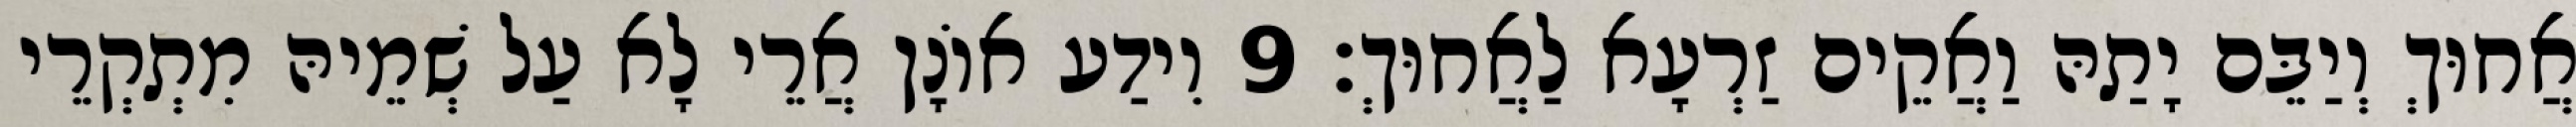
אֲחוּךְ וְיַבֵּם יָתַהּ וַאֲקֵים זַרְעָא לַאֲחוּךְ׃ 9 וִידַע אוֹנָן אֲרֵי לָא עַל שְׁמֵיהּ מִתְקְרֵי